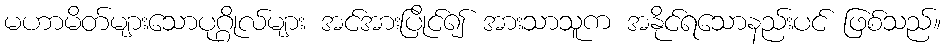
မဟာမိတ်များသောပုဂ္ဂိုလ်များ အင်အားပြိုင်၍ အားသာသူက အနိုင်ရသောနည်းပင် ဖြစ်သည်။